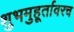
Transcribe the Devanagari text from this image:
शुभमुहूर्तावरच